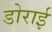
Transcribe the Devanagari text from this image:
डोराई